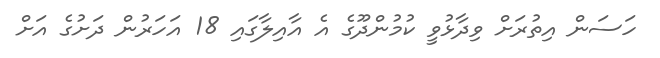
ހަސަން އިތުރަށް ވިދާޅުވީ ކުމުންދޫގެ އެ އާއިލާގައި 18 އަހަރުން ދަށުގެ އަށް